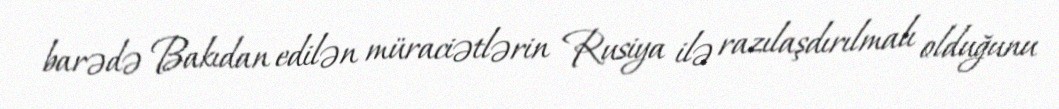
barədə Bakıdan edilən müraciətlərin Rusiya ilə razılaşdırılmalı olduğunu